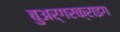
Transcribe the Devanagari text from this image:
बुअर्गरक्राइग